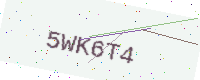
Text: 5WK6T4